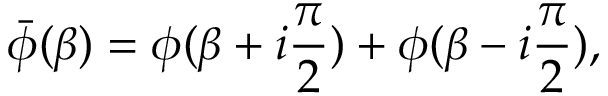
\bar { \phi } ( \beta ) = \phi ( \beta + i { \frac { \pi } { 2 } } ) + \phi ( \beta - i { \frac { \pi } { 2 } } ) ,